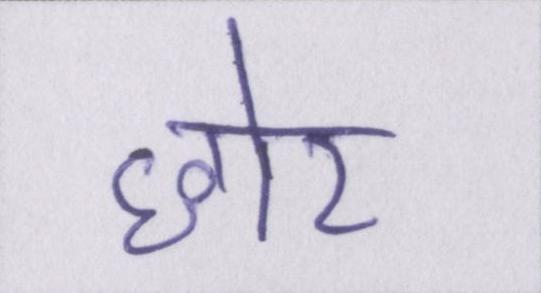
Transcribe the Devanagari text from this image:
छोर